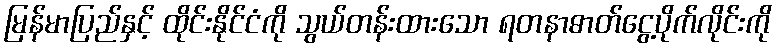
မြန်မာပြည်နှင့် ထိုင်းနိုင်ငံကို သွယ်တန်းထားသော ရတနာဓာတ်ငွေ့ပိုက်လိုင်းကို